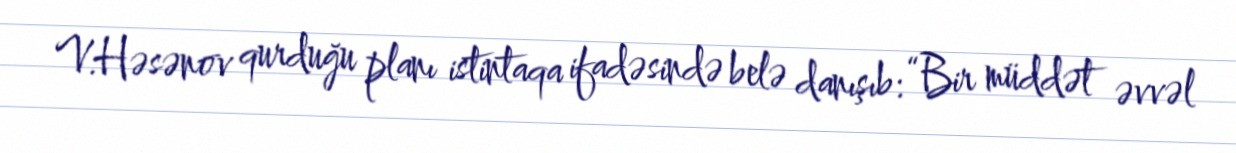
V.Həsənov qurduğu planı istintaqa ifadəsində belə danışıb: “Bir müddət əvvəl